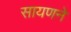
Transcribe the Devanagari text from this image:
सायणने